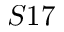
S 1 7